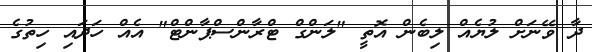
ދާ ވޭނަށް ލުޔެއް ލިބެން އޮތީ "ލަންގް ޓްރާންސްޕާންޓް" އެއް ހަދައި ހިތުގެ